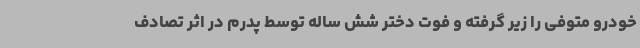
خودرو متوفی را زیر گرفته و فوت دختر شش ساله توسط پدرم در اثر تصادف